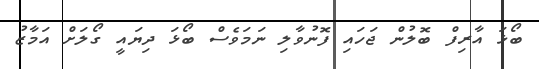
ބޯޅަ އާރިފް ބޮލުން ޖަހައި ފޮނުވާލި ނަމަވެސް ބޯޅަ ދިޔައީ ގޯލަށް އަމާޒު